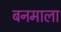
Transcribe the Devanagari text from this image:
बनमाला